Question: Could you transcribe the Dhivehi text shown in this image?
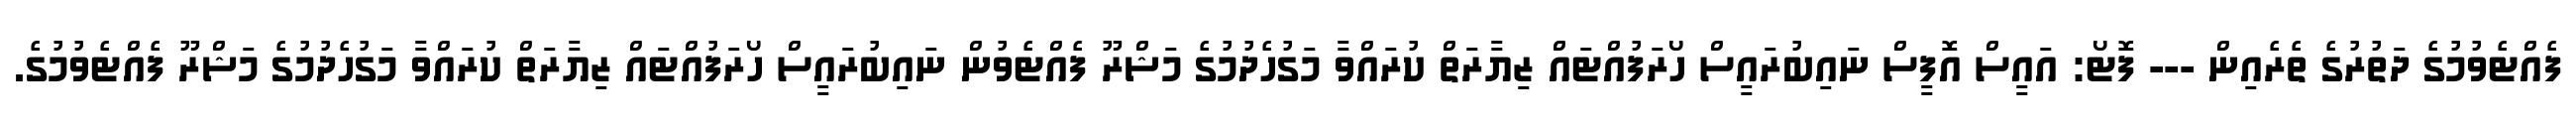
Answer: ފެއްޓެވުމުގެ ދަތުރުގެ ތެރެއިން --- ފޮޓޯ: އައީސް އޮފީސް ނައިބުރައީސް ހޯރަފުއްޓައް ޒިޔާރަތް ކުރައްވާ މަގުހެދުމުގެ މަޝްރޫ ފެއްޓެވުން ނައިބުރައީސް ހޯރަފުއްޓައް ޒިޔާރަތް ކުރައްވާ މަގުހެދުމުގެ މަޝްރޫ ފެއްޓެވުމުގެ.